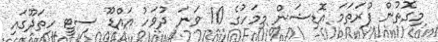
މިގޮތުން ފުރަތަމަ އޮޑިޝަން މިމަހުގެ 10 ވަނަ ދުވަހު އައްޑޫ ސިޓީ ހިތަދޫގައި